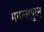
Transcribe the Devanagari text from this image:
ममल्लपुरम्